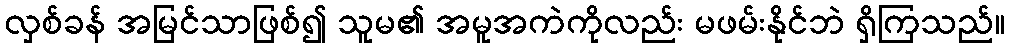
လှစ်ခန် အမြင်သာဖြစ်၍ သူမ၏ အမူအကဲကိုလည်း မဖမ်းနိုင်ဘဲ ရှိကြသည်။